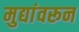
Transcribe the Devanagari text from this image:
मुद्यांवरून